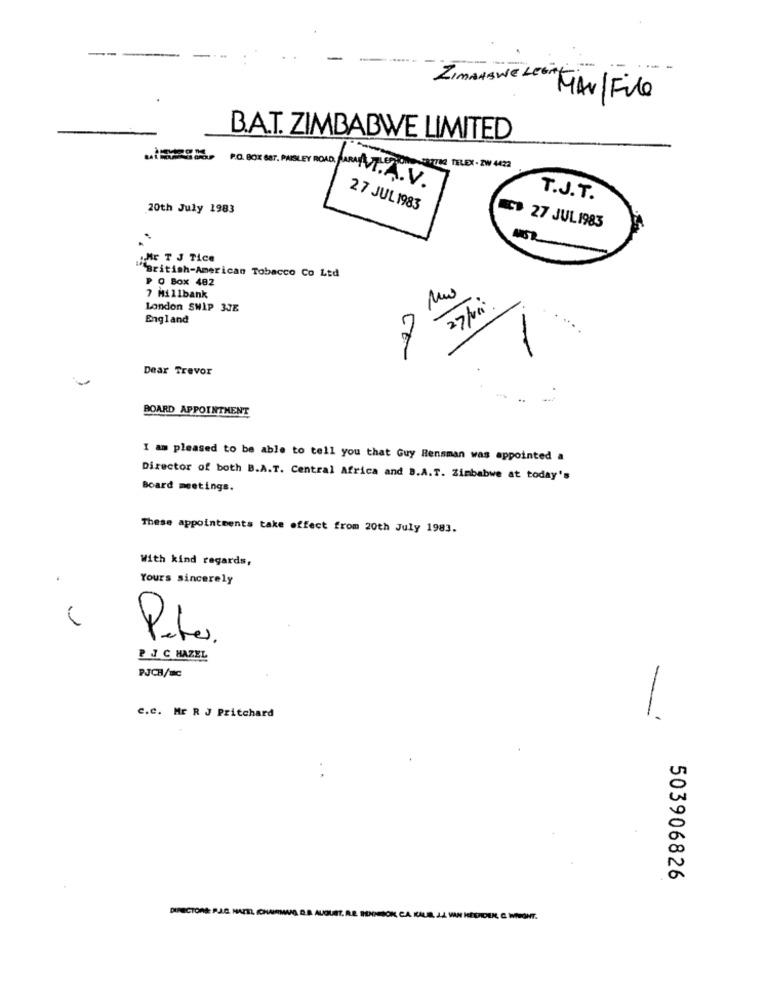
ZIMAASWE LEITE
MAN/File
B.A.T. ZIMBABWE LIMITED
TI TELEX - ZW 4422
PO. BOX SET. PASLEY ROAD. AMINT.A.V.
T.J.T.
20th July 1983
27 JUL1983
C# 27 JUL1983
MSR
ME T J Tice
"British-American Tobacco Co Ltd
P O Box 482
7 Millbank
London SWIP 3JE
England
7
-
Dear Trevor
..
BOARD APPOINTMENT
I am pleased to be able to tell you that Guy Rensman was appointed a
Director of both B.A.T. Central Africa and B.A.T. Zimbabwe at today's
Board meetings.
These appointments take effect from 20th July 1983.
With kind regards,
Yours sincerely
Puto.
PJ C HAZEL
PJCH/mc
C.C. Mr R J Pritchard
-
503906826
DIRECTORE: R.J.C. NAZTL ICHMIRIAMO D.B. AUGUST. R.E. BENESOK, C.A. KALIR, J.J. VAN HESAIDEKC. C. WIRONT.